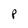
Character: P